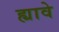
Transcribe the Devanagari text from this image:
ह्यावे